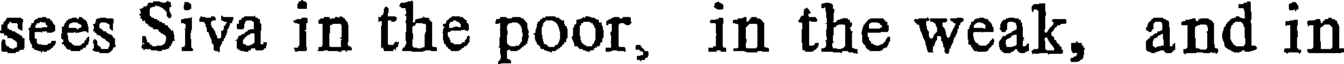
sees Siva in the poor, in the weak, and in